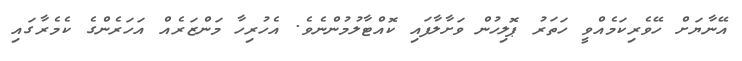
އޭނާޔަށް ހޭވެރިކަމެއްވީ ހަތަރު ޕޮލިހުން ވަށާލާފައި ކޮއްޓާލުމުންނެވެ. އެހުރިހާ މަންޒަރެއް އަހަރެންގެ ކެމެރާގައި